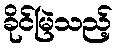
ခိုင်မြဲသည့်